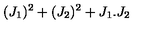
( J _ { 1 } ) ^ { 2 } + ( J _ { 2 } ) ^ { 2 } + J _ { 1 } . J _ { 2 }